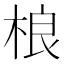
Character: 桹